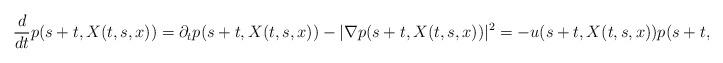
LaTeX: \begin{align*}\frac{d}{dt} p(s+t,X(t,s,x))=\partial_t p(s+t,X(t,s,x))-|\nabla p(s+t,X(t,s,x))|^2= -u(s+t,X(t,s,x))p(s+t,X(t,s,x)),\end{align*}